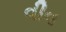
વીવ